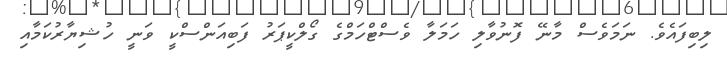
ލިބިފައެވެ. ނަމަވެސް މާނޭ ފޮނުވާލި ހަމަލާ ވެސްޓްހަމްގެ ގޯލްކީޕަރު ފަބިއަންސްކީ ވަނީ ހުޝިޔާރުކަމާއި